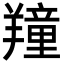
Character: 𦏆